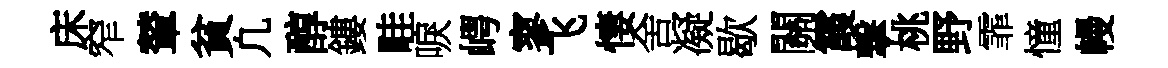
床窄輦貧凢醇鏤畦唳崿寥飞悽舍凝歇關霞撃桃野霏憧幔